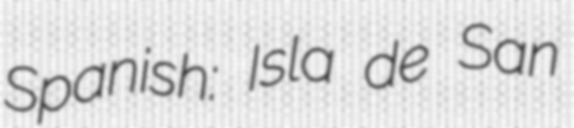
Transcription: Spanish: Isla de San